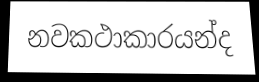
නවකථාකාරයන්ද